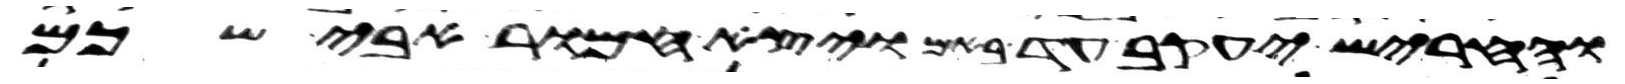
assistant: וחריש יעקב עד באם ויצא חמור אבי שכם